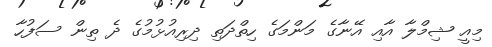
މިއީ ޝިމްލާ އާއި އޭނާގެ މަންމަގެ ހިތްދަތި ދިރިއުޅުމުގެ ދެ ތިން ސަފުހާ